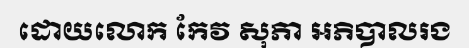
ដោយលោក កែវ សុភា អភិបាលរង